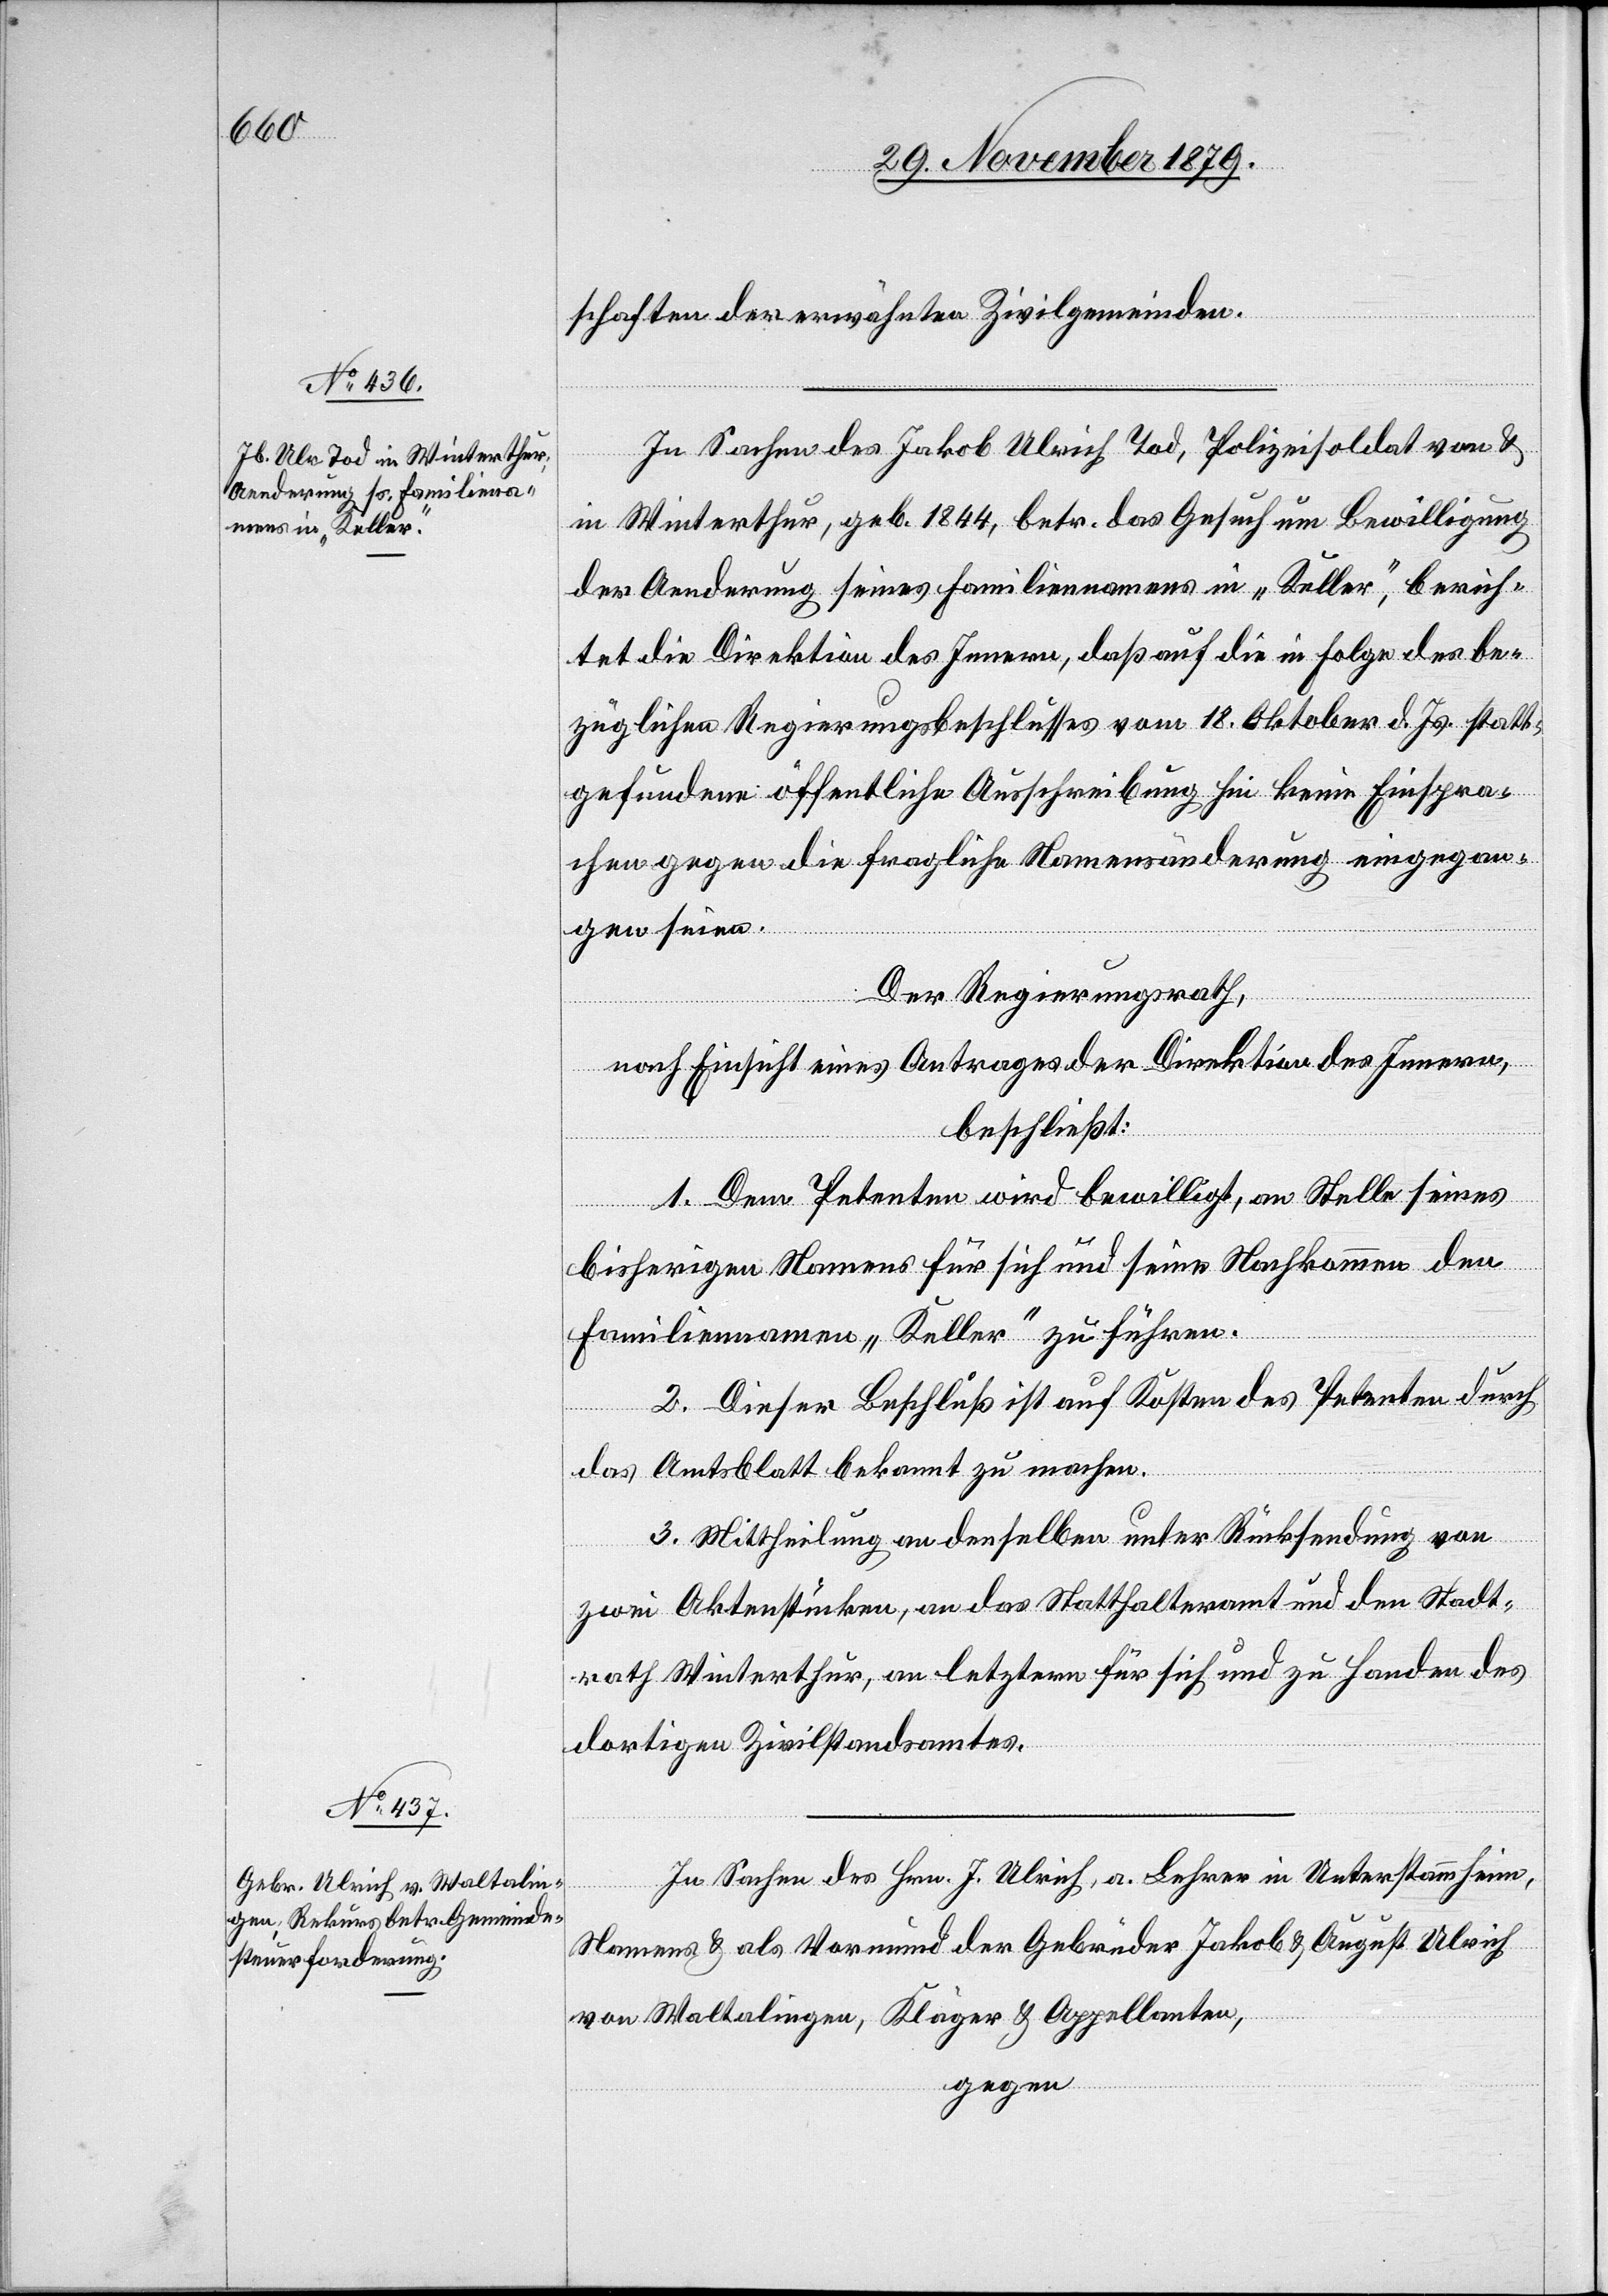
schaften der erwähnten Zivilgemeinden.
In Sachen des Jakob Ulrich Tod, Polizeisoldat von &
in Winterthur, geb. 1844, betr. das Gesuch um Bewilligung
der Aenderung seines Familiennamens in „Keller“, berich¬
tet die Direktion des Innern, daß auf die in Folge des be¬
züglichen Regierungsbeschlusses vom 18. Oktober d. Js. statt¬
gefundene öffentliche Ausschreibung hin keine Einspra¬
chen gegen die fragliche Namensänderung eingegan¬
gen seien.
Der Regierungsrath,
nach Einsicht eines Antrages der Direktion des Innern,
beschließt:
1. Dem Petenten wird bewilligt, an Stelle seines
bisherigen Namens für sich und seine Nachkommen den
Familiennamen „Keller“ zu führen.
2. Dieser Beschluß ist auf Kosten des Petenten durch
das Amtsblatt bekannt zu machen.
3. Mittheilung an denselben unter Rücksendung von
zwei Aktenstücken, an das Statthalteramt und den Stadt¬
rath Winterthur, an letztern für sich und zu Handen des
dortigen Zivilstandsamtes.
In Sachen des Hrn. J. Ulrich, a. Lehrer in Unterstammheim,
Namens & als Vormund der Gebrüder Jakob & August Ulrich
von Waltalingen, Kläger & Appellaten,
gegen